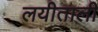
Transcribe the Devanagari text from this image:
लयीताली